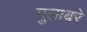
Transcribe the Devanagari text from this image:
गुलाबरे